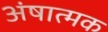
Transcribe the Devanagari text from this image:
अंषात्मक